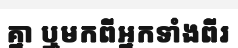
គ្នា ឬមកពីអ្នកទាំងពីរ